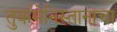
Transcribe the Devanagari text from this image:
तुर्कमेनिस्तानाचा